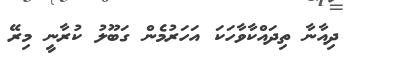
ދިއާނާ ތިދައްކާވާހަކަ އަހަރުމެން ގަބޫލު ކުރާނީ މިރޭ